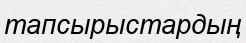
тапсырыстардың